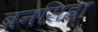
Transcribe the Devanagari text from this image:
बनसिहा